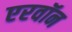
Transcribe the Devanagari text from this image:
एरवॉन